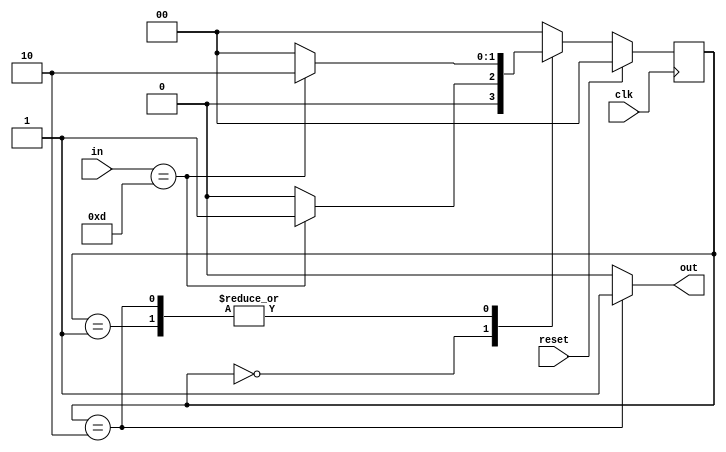
// State assignment
//parameter zero = 0, one1 = 1, two1s = 2;
module reduce (out, clk, reset, in);
output out;
input clk, reset;
input [3:0] in;
reg out;
reg [1:0] state; // state register
reg [1:0] next_state;
parameter zero = 0, one1 = 1, two1s = 2;

 always @(in or state)
	case (state)
		zero: begin // last input was a zero
		out = 0;
		if (in==4'b1101) next_state = one1;
		else next_state = zero;
	end
	
	one1: begin // we've seen one 1
		out = 0;
		if (in==4'b1101) next_state = two1s;
		else next_state = zero;
	end
	
	two1s: begin // we've seen at least 2 ones
		out = 1;
		if (in==4'b1101) next_state = two1s;
		else next_state = zero;
	end
	
	default: begin // in case we reach a bad state
	out = 0;
	next_state = zero;
	end
	endcase
	
	// Implement the state register
 always @(posedge clk)
	if (reset) state <= zero;
	else state <= next_state;
endmodule